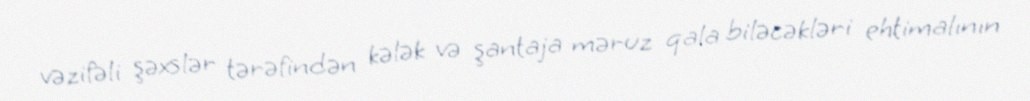
vəzifəli şəxslər tərəfindən kələk və şantaja məruz qala biləcəkləri ehtimalının